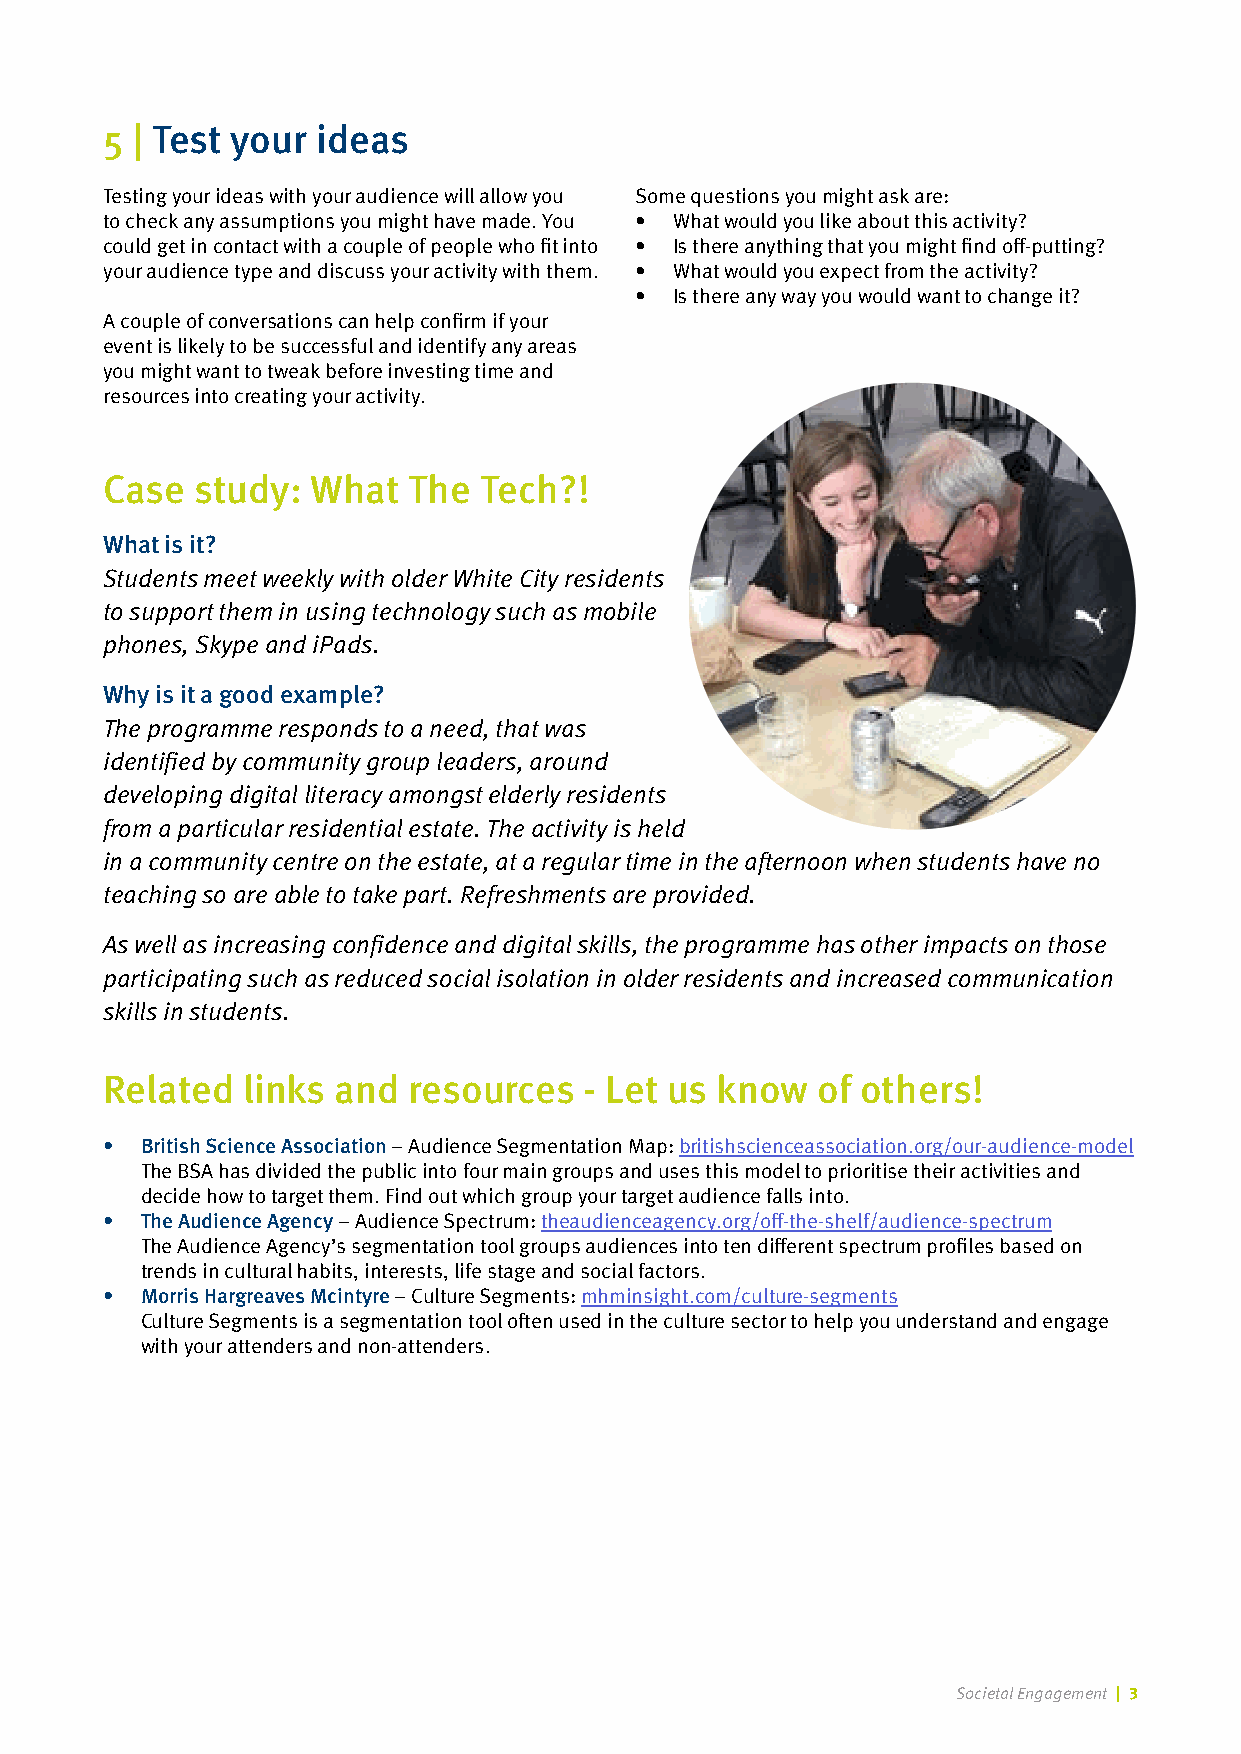
5 | Test your ideas
 Testing your ideas with your audience will allow you Some questions you might ask are:
 to check any assumptions you might have made. You • What would you like about this activity?
 could get in contact with a couple of people who fit into • Is there anything that you might find off-putting?
 your audience type and discuss your activity with them. • What would you expect from the activity?
 •  Is there any way you would want to change it?
 A couple of conversations can help confirm if your
 event is likely to be successful and identify any areas
 you might want to tweak before investing time and
 resources into creating your activity.
 Case  study:  What  The  Tech?!
 What is it?
 Students meet weekly with older White City residents
 to support them in using technology such as mobile
 phones, Skype and iPads.
 Why is it a good example?
 The programme responds to a need, that was
 identified by community group leaders, around
 developing digital literacy amongst elderly residents
 from a particular residential estate. The activity is held
 in a community centre on the estate, at a regular time in the afternoon when students have no
 teaching so are able to take part. Refreshments are provided.
 As well as increasing confidence and digital skills, the programme has other impacts on those
 participating such as reduced social isolation in older residents and increased communication
 skills in students.
 Related  links and  resources   - Let us know  of others!
 • British Science Association – Audience Segmentation Map: britishscienceassociation.org/our-audience-model
 The BSA has divided the public into four main groups and uses this model to prioritise their activities and
 decide how to target them. Find out which group your target audience falls into.
 • The Audience Agency – Audience Spectrum: theaudienceagency.org/off-the-shelf/audience-spectrum
 The Audience Agency’s segmentation tool groups audiences into ten different spectrum profiles based on
 trends in cultural habits, interests, life stage and social factors.
 • Morris Hargreaves Mcintyre – Culture Segments: mhminsight.com/culture-segments
 Culture Segments is a segmentation tool often used in the culture sector to help you understand and engage
 with your attenders and non-attenders.
 Societal Engagement | 3